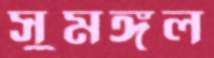
সুমঙ্গল